Eesti_Toorahva_Kommuun, lk 8
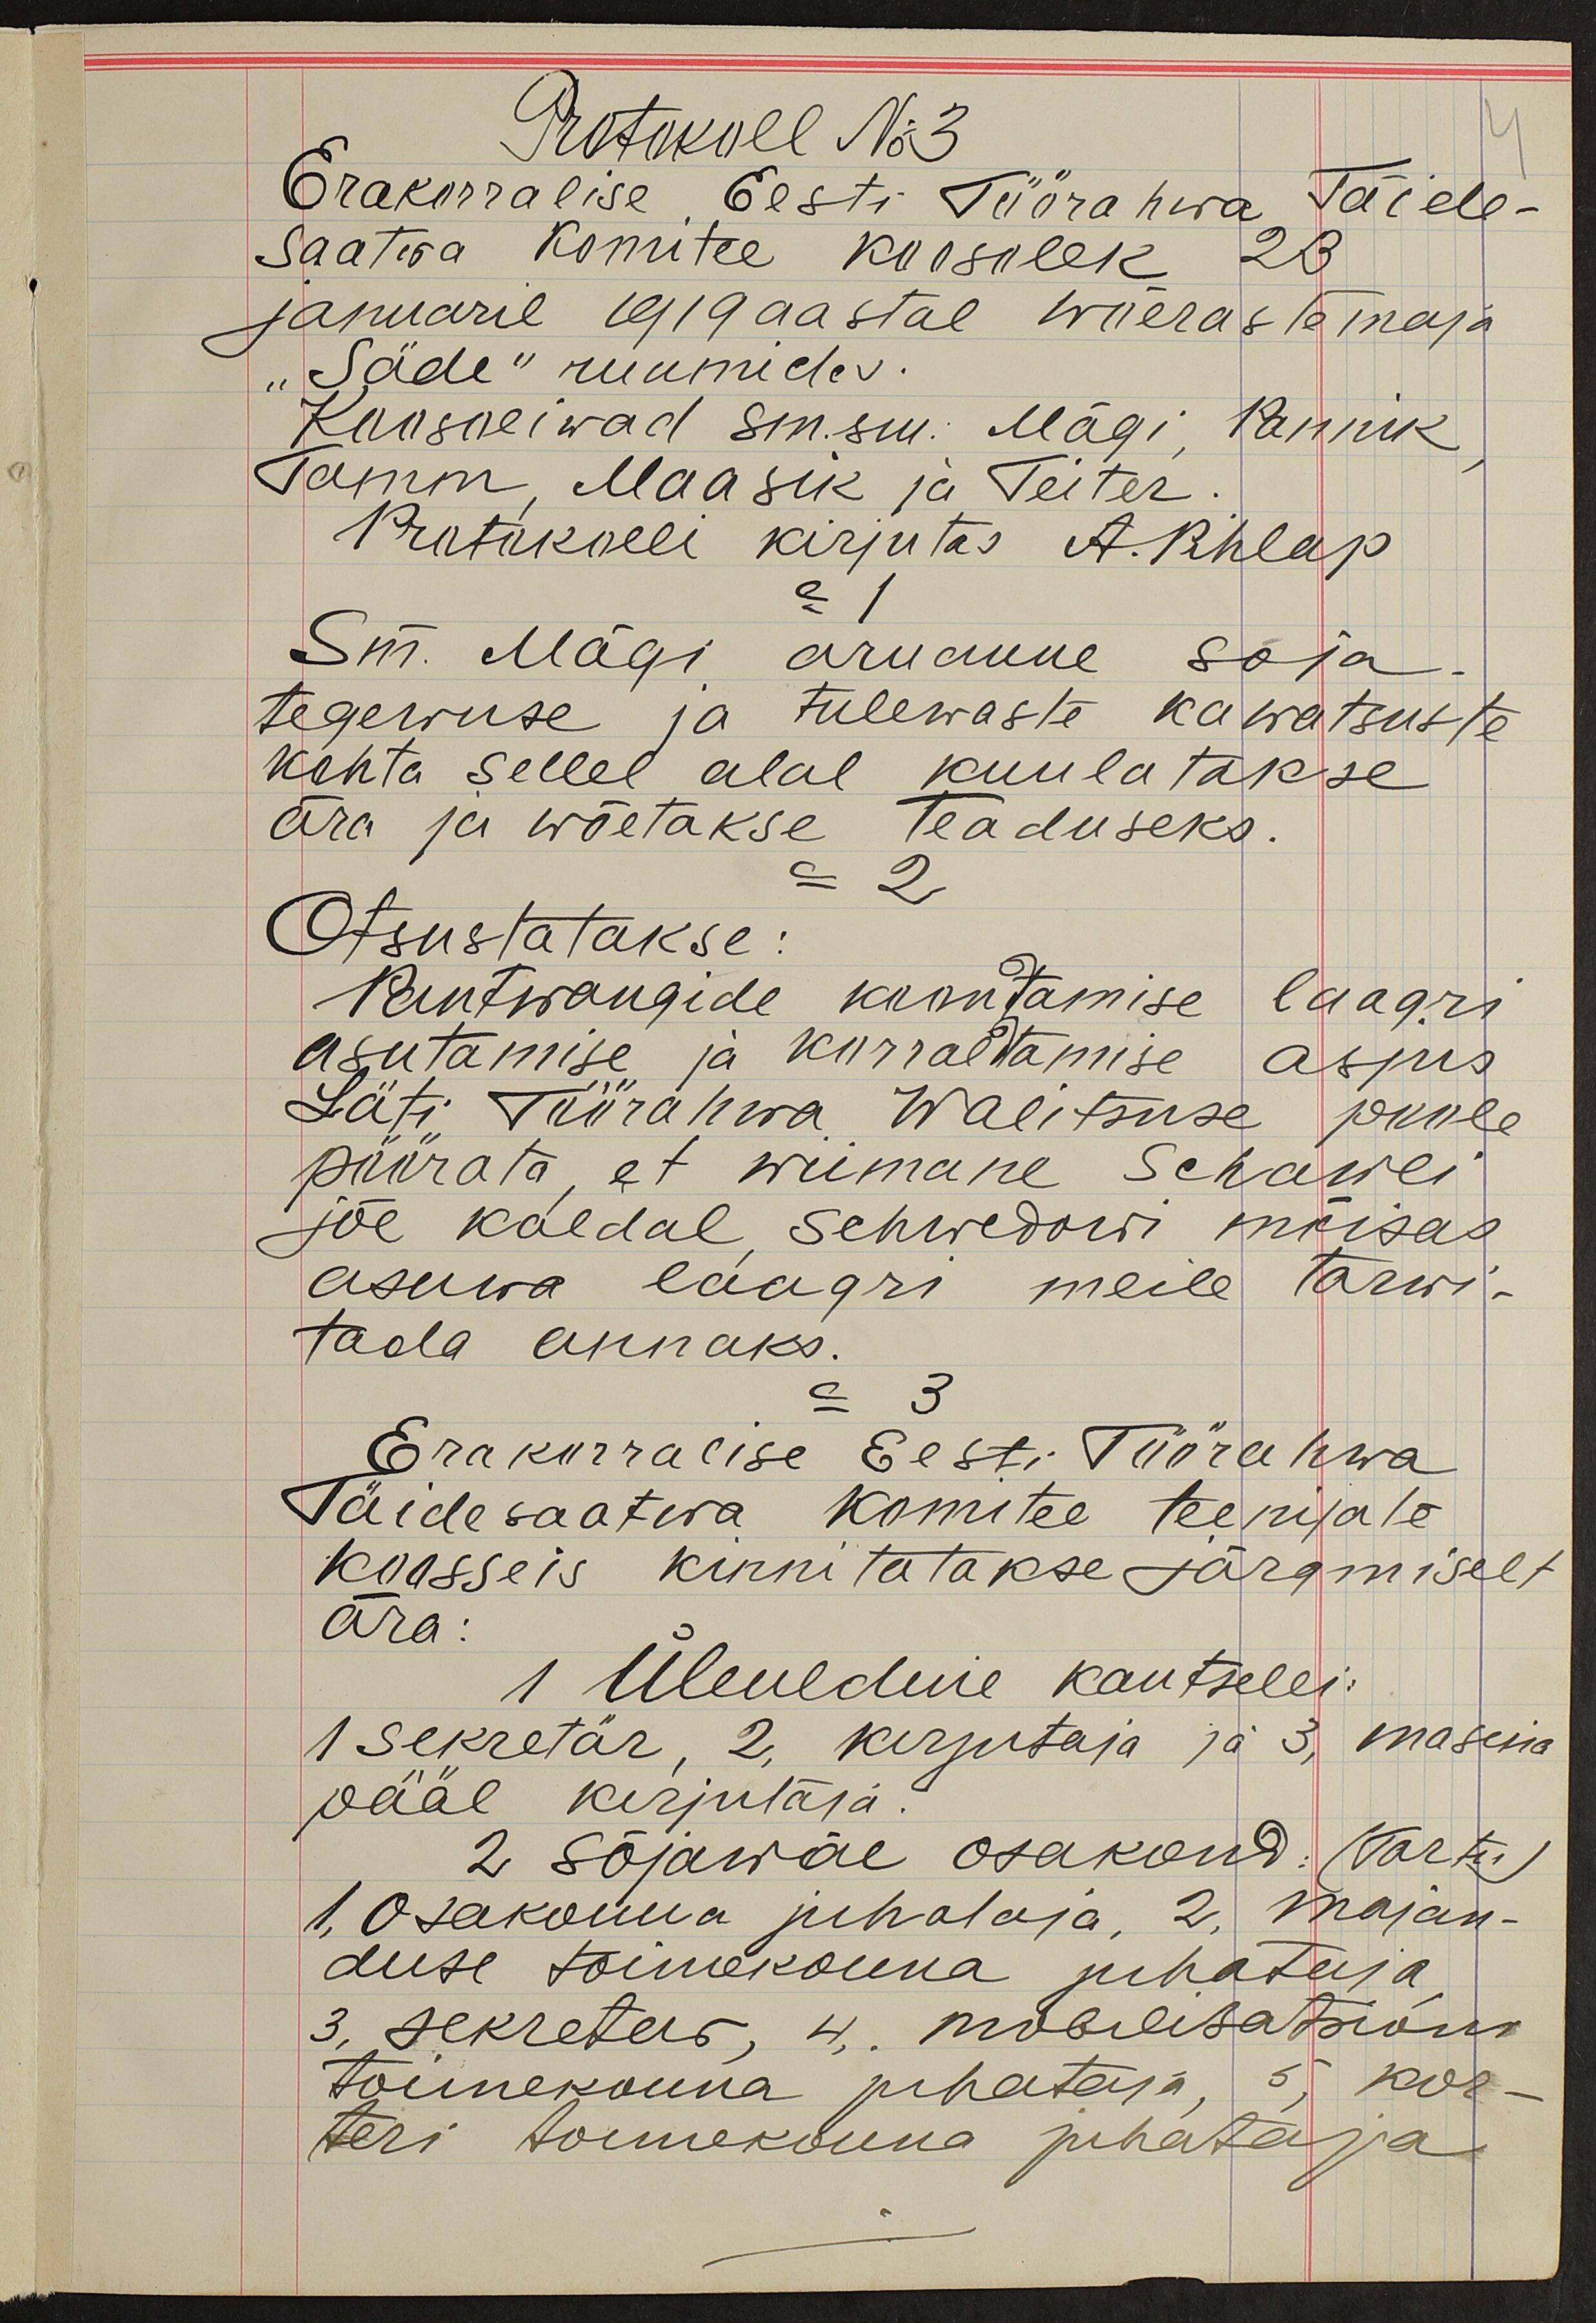
Protokoll No 3
4
Erakorralise, Eesti Töörahwa, Täide-
saatwa komitee koosolek 23
januaril 1919 aastal wõerastemaja
"Säde" ruumides.
Koosoliwad sm. sm: Mägi, Pannik
Tamm, Maasik ja Teiter
Protokolli kirjutas A. Pihlap
Sm. Mägi aruanne sõja
tegewuse ja tulewaste kawatsuste
kohta sellel alal kuulatakse
ära ja wõetakse teaduseks
= 2
Otsustatakse:
Pantwangide koontamise laagri
asutamise ja korraldtamise asjus
Läti Töörahwa Walitsuse poole
pöörata, et wiimane Schawei
jõe kaldal Schwedowi mõisas
asuwa laagri meile tarwi-
tada annaks.
= 3
Erakorralise Eesti Töörahwa
Täidesaatwa komitee teenijate
koosseis kinnitatakse järgmiselt
ära:
1 Üleüldine kantselei:
1 sekretär, 2, kirjutaja ja 3, masina
pääl kirjutaja.
2 sõjawäe osakond (Tartu)
1, Osakonna juhataja, 2. majan-
duse toimekonna juhataja
3, sekretar, 4. mobilisatsioni
toimekonna juhataja, 5 kor-
teri toimekonna juhataja